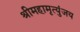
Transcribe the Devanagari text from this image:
श्रीमहामृत्युंजय